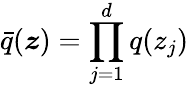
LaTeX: \bar{q}(\boldsymbol{z})=\prod_{j=1}^{d}q(z_{j})